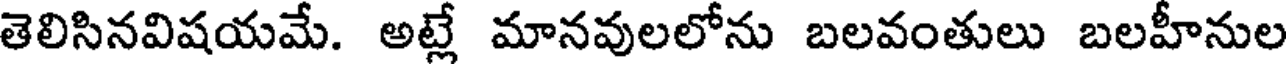
తెలిసినవిషయమే. అట్లే మానవులలోను బలవంతులు బలహీనుల